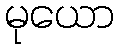
မုယော